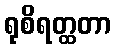
ရုစိရတ္ထတာ